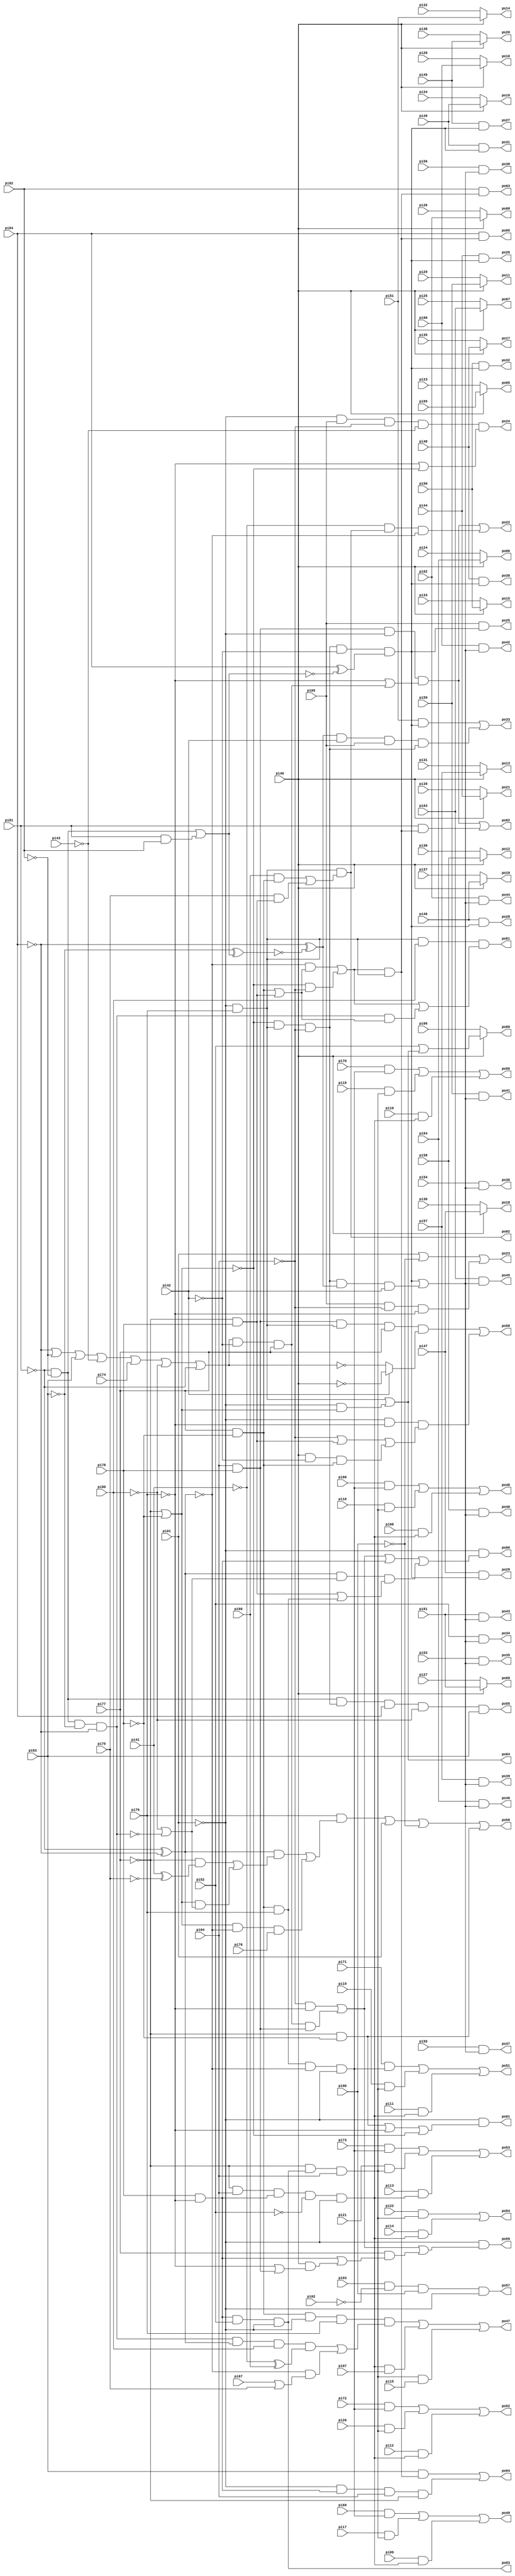
// Benchmark "example2.blif" written by ABC on Thu Mar 19 13:02:36 2020

module example2_blif  ( 
    pi00, pi01, pi02, pi03, pi04, pi05, pi06, pi07, pi08, pi09, pi10, pi11,
    pi12, pi13, pi14, pi15, pi16, pi17, pi18, pi19, pi20, pi21, pi22, pi23,
    pi24, pi25, pi26, pi27, pi28, pi29, pi30, pi31, pi32, pi33, pi34, pi35,
    pi36, pi37, pi38, pi39, pi40, pi41, pi42, pi43, pi44, pi45, pi46, pi47,
    pi48, pi49, pi50, pi51, pi52, pi53, pi54, pi55, pi56, pi57, pi58, pi59,
    pi60, pi61, pi62, pi63, pi64, pi65, pi66, pi67, pi68, pi69, pi70, pi71,
    pi72, pi73, pi74, pi75, pi76, pi77, pi78, pi79, pi80, pi81, pi82, pi83,
    pi84,
    po00, po01, po02, po03, po04, po05, po06, po07, po08, po09, po10, po11,
    po12, po13, po14, po15, po16, po17, po18, po19, po20, po21, po22, po23,
    po24, po25, po26, po27, po28, po29, po30, po31, po32, po33, po34, po35,
    po36, po37, po38, po39, po40, po41, po42, po43, po44, po45, po46, po47,
    po48, po49, po50, po51, po52, po53, po54, po55, po56, po57, po58, po59,
    po60, po61, po62, po63, po64, po65  );
  input  pi00, pi01, pi02, pi03, pi04, pi05, pi06, pi07, pi08, pi09,
    pi10, pi11, pi12, pi13, pi14, pi15, pi16, pi17, pi18, pi19, pi20, pi21,
    pi22, pi23, pi24, pi25, pi26, pi27, pi28, pi29, pi30, pi31, pi32, pi33,
    pi34, pi35, pi36, pi37, pi38, pi39, pi40, pi41, pi42, pi43, pi44, pi45,
    pi46, pi47, pi48, pi49, pi50, pi51, pi52, pi53, pi54, pi55, pi56, pi57,
    pi58, pi59, pi60, pi61, pi62, pi63, pi64, pi65, pi66, pi67, pi68, pi69,
    pi70, pi71, pi72, pi73, pi74, pi75, pi76, pi77, pi78, pi79, pi80, pi81,
    pi82, pi83, pi84;
  output po00, po01, po02, po03, po04, po05, po06, po07, po08, po09, po10,
    po11, po12, po13, po14, po15, po16, po17, po18, po19, po20, po21, po22,
    po23, po24, po25, po26, po27, po28, po29, po30, po31, po32, po33, po34,
    po35, po36, po37, po38, po39, po40, po41, po42, po43, po44, po45, po46,
    po47, po48, po49, po50, po51, po52, po53, po54, po55, po56, po57, po58,
    po59, po60, po61, po62, po63, po64, po65;
  wire new_n218_, new_n219_, new_n220_, new_n221_, new_n222_, new_n223_,
    new_n224_, new_n225_, new_n226_, new_n227_, new_n228_, new_n229_,
    new_n230_, new_n231_, new_n232_, new_n233_, new_n234_, new_n235_,
    new_n236_, new_n237_, new_n238_, new_n239_, new_n240_, new_n241_;
  assign po00 = pi40 ? (pi52 | po04) : pi06;
  assign po01 = ~pi01 & ((~pi77 & ~pi78) | ~pi79 | ~new_n222_);
  assign po02 = new_n227_ & ((pi66 & new_n229_) | (pi75 & new_n230_));
  assign po03 = new_n231_ & pi52 & ~pi01;
  assign po04 = new_n227_ | (~pi01 & new_n222_);
  assign po05 = pi40 ? pi65 : pi23;
  assign po06 = pi40 ? pi64 : pi24;
  assign po07 = pi40 ? pi63 : pi25;
  assign po08 = pi40 ? pi62 : pi26;
  assign po09 = pi40 ? pi61 : pi27;
  assign po10 = pi40 ? pi60 : pi28;
  assign po11 = pi40 ? pi59 : pi29;
  assign po12 = pi40 ? pi58 : pi30;
  assign po13 = pi40 ? pi57 : pi31;
  assign po14 = pi40 ? pi51 : pi32;
  assign po15 = pi40 ? pi50 : pi33;
  assign po16 = pi40 ? pi49 : pi34;
  assign po17 = pi40 ? pi48 : pi35;
  assign po18 = pi40 ? pi47 : pi36;
  assign po19 = pi40 ? pi46 : pi37;
  assign po20 = pi40 ? pi45 : pi38;
  assign po21 = pi40 ? pi44 : pi39;
  assign po22 = new_n226_ | (~pi41 & po02 & ~new_n223_);
  assign po23 = pi01 | ~pi00 | (pi05 & ~pi04 & ~pi79);
  assign po24 = ~pi01 & pi05 & ~pi04 & ~pi43 & (~pi79 | ~new_n222_);
  assign po25 = pi05 & new_n219_;
  assign po26 = pi44 & new_n219_;
  assign po27 = pi45 & new_n219_;
  assign po28 = pi46 & new_n219_;
  assign po29 = pi47 & new_n219_;
  assign po30 = pi48 & new_n219_;
  assign po31 = pi49 & new_n219_;
  assign po32 = pi50 & new_n219_;
  assign po33 = (pi51 & new_n219_) | (new_n221_ & pi42 & pi05 & new_n220_);
  assign po34 = pi52 & new_n218_;
  assign po35 = pi53 & new_n218_;
  assign po36 = pi54 & new_n218_;
  assign po37 = pi55 & new_n218_;
  assign po38 = pi56 & new_n218_;
  assign po39 = pi57 & new_n218_;
  assign po40 = pi58 & new_n218_;
  assign po41 = pi59 & new_n218_;
  assign po42 = pi60 & new_n218_;
  assign po43 = pi61 & new_n218_;
  assign po44 = pi62 & new_n218_;
  assign po45 = pi63 & new_n218_;
  assign po46 = pi64 & new_n218_;
  assign po47 = (new_n229_ & ~pi01 & pi79 & ((new_n224_ & new_n223_ & pi80 & (~pi41 ^ pi66)) | (~new_n223_ & (pi67 | pi75)))) | (new_n235_ & pi07) | (new_n234_ & pi15);
  assign po48 = (pi68 & new_n236_) | (pi16 & new_n234_) | (pi08 & new_n235_);
  assign po49 = (pi69 & new_n236_) | (pi17 & new_n234_) | (pi09 & new_n235_);
  assign po50 = (pi70 & new_n236_) | (pi18 & new_n234_) | (pi10 & new_n235_);
  assign po51 = (pi71 & new_n236_) | (pi19 & new_n234_) | (pi11 & new_n235_);
  assign po52 = (pi72 & new_n236_) | (pi20 & new_n234_) | (pi12 & new_n235_);
  assign po53 = (pi73 & new_n236_) | (pi21 & new_n234_) | (pi13 & new_n235_);
  assign po54 = (pi22 & new_n234_) | (pi14 & new_n235_);
  assign po55 = new_n241_ & new_n220_ & pi84 & ~pi80 & pi83;
  assign po56 = (pi79 & ((new_n223_ & ((~pi77 & (pi41 ^ ~pi75)) | (new_n222_ & (~pi80 | ~new_n224_)))) | (new_n222_ & ~new_n223_ & pi76))) | pi01 | ~pi00 | (~pi77 & ~pi78);
  assign po57 = pi03 & ~pi02 & pi00 & ~pi01;
  assign po58 = (new_n233_ & new_n227_ & pi77 & (pi42 ? ~pi40 : ~new_n240_)) | (~pi01 & ~pi79 & (~pi04 | new_n230_ | (pi40 & ~pi42 & new_n229_)));
  assign po59 = ~pi01 & (new_n232_ | (pi77 & (new_n231_ | (pi40 & (~pi79 | new_n233_)))));
  assign po60 = ~pi01 & (new_n232_ | new_n231_ | (new_n223_ & (~new_n224_ | ~pi80) & (new_n230_ | (pi79 & new_n229_))));
  assign po61 = new_n227_ & pi80 & (new_n228_ | (new_n224_ & (new_n229_ | new_n230_)));
  assign po62 = new_n226_ | (pi81 & new_n225_);
  assign po63 = pi82 & new_n225_;
  assign po64 = (pi83 & new_n225_) | (~pi01 & new_n231_ & pi04 & ~pi77);
  assign po65 = pi84 & new_n225_;
  assign new_n218_ = new_n219_ | (new_n220_ & new_n221_ & pi42);
  assign new_n219_ = new_n220_ & ~pi42 & (pi84 ^ ~new_n237_);
  assign new_n220_ = ~new_n222_ & new_n227_ & ~pi04;
  assign new_n221_ = ~pi84 ^ ~new_n238_;
  assign new_n222_ = ~pi77 | ~pi78;
  assign new_n223_ = ~pi81 ^ ~pi84;
  assign new_n224_ = new_n241_ & ~pi83 & ~pi84;
  assign new_n225_ = new_n228_ & new_n227_;
  assign new_n226_ = new_n233_ & ~pi01 & (~pi79 | new_n239_);
  assign new_n227_ = ~pi01 & pi79;
  assign new_n228_ = (~new_n223_ & (new_n229_ | new_n230_)) | (~new_n222_ & ~pi04);
  assign new_n229_ = pi77 & ~pi78;
  assign new_n230_ = ~pi77 & pi78;
  assign new_n231_ = pi78 & ~pi79;
  assign new_n232_ = (~pi04 & ~pi79) | (new_n239_ & new_n233_);
  assign new_n233_ = pi04 & pi78;
  assign new_n234_ = ~pi77 & po03 & pi04;
  assign new_n235_ = ~pi77 & pi04 & new_n231_ & ~pi52 & ~pi01;
  assign new_n236_ = new_n229_ & pi79 & ~new_n223_ & ~pi01;
  assign new_n237_ = new_n241_ | (pi81 & pi82);
  assign new_n238_ = ~pi83 ^ new_n237_;
  assign new_n239_ = new_n240_ & ~pi42 & pi77;
  assign new_n240_ = ~pi84 | ~pi82 | pi83 | ~pi43 | pi74 | ~pi80 | ~pi81;
  assign new_n241_ = ~pi81 & ~pi82;
endmodule